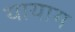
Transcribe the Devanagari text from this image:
यायाम